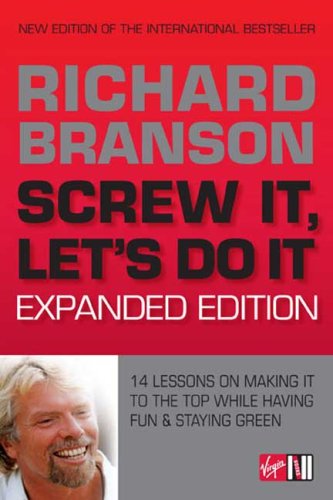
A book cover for Screw It, Let's Do It: 14 Lessons on Making It to the Top While Having Fun & Staying Green, Expanded Edition; Richard Branson; Business & Money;